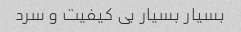
بسیار بسیار بى کیفیت و سرد